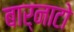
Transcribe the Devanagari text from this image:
बार्नाटो